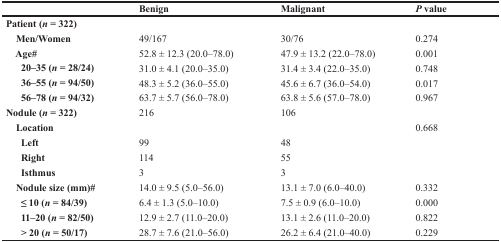
|  | Benign | Malignant | P value |
 | --- | --- | --- | --- |
 | Patient (n = 322) |  |  |  |
 | Men/Women | 49/167 | 30/76 | 0.274 |
 | Age# | 52.8 ± 12.3 (20.0–78.0) | 47.9 ± 13.2 (22.0–78.0) | 0.001 |
 | 20–35 (n = 28/24) | 31.0 ± 4.1 (20.0–35.0) | 31.4 ± 3.4 (22.0–35.0) | 0.748 |
 | 36–55 (n = 94/50) | 48.3 ± 5.2 (36.0–55.0) | 45.6 ± 6.7 (36.0–54.0) | 0.017 |
 | 56–78 (n = 94/32) | 63.7 ± 5.7 (56.0–78.0) | 63.8 ± 5.6 (57.0–78.0) | 0.967 |
 | Nodule (n = 322) | 216 | 106 |  |
 | Location |  |  | 0.668 |
 | Left | 99 | 48 |  |
 | Right | 114 | 55 |  |
 | Isthmus | 3 | 3 |  |
 | Nodule size (mm)# | 14.0 ± 9.5 (5.0–56.0) | 13.1 ± 7.0 (6.0–40.0) | 0.332 |
 | ≤ 10 (n = 84/39) | 6.4 ± 1.3 (5.0–10.0) | 7.5 ± 0.9 (6.0–10.0) | 0.000 |
 | 11–20 (n = 82/50) | 12.9 ± 2.7 (11.0–20.0) | 13.1 ± 2.6 (11.0–20.0) | 0.822 |
 | > 20 (n = 50/17) | 28.7 ± 7.6 (21.0–56.0) | 26.2 ± 6.4 (21.0–40.0) | 0.229 |